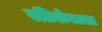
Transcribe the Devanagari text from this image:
रतिरोगग्रस्त